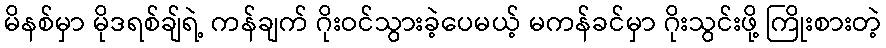
မိနစ်မှာ မိုဒရစ်ချ်ရဲ့ ကန်ချက် ဂိုးဝင်သွားခဲ့ပေမယ့် မကန်ခင်မှာ ဂိုးသွင်းဖို့ ကြိုးစားတဲ့